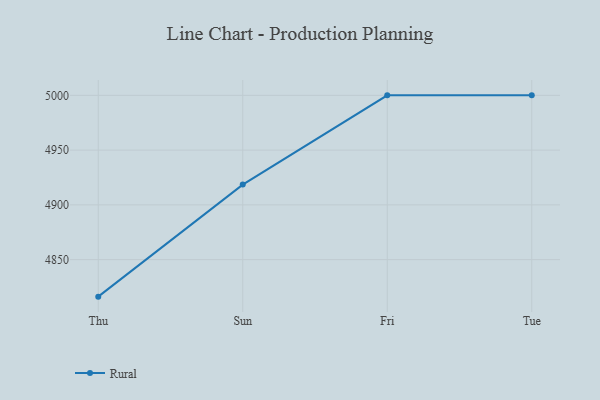
{"axis": {"x": "Day", "y": "Energy Usage (MWh)"}, "legend": ["Rural"], "data": [{"x": "Thu", "y": 4816.2, "type": "Rural"}, {"x": "Sun", "y": 4918.5, "type": "Rural"}, {"x": "Fri", "y": 5000, "type": "Rural"}, {"x": "Tue", "y": 5000, "type": "Rural"}]}